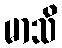
မာသိ